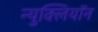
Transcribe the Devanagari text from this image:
न्युक्लियॉन